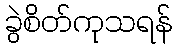
ခွဲစိတ်ကုသရန်